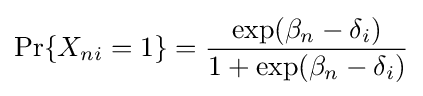
\Pr\{X_{ni}=1\}={\frac {\exp({\beta _{n}}-{\delta _{i}})}{1+\exp({\beta _{n}}-{\delta _{i}})}}